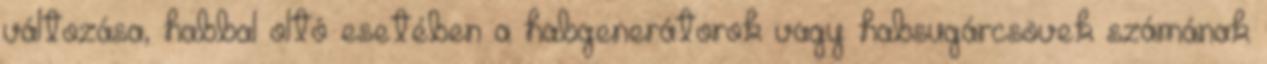
változása, habbal oltó esetében a habgenerátorok vagy habsugárcsövek számának